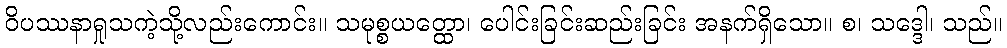
ဝိပဿနာရှုသကဲ့သို့လည်းကောင်း။ သမုစ္စယတ္ထော၊ ပေါင်းခြင်းဆည်းခြင်း အနက်ရှိသော။ စ၊ သဒ္ဒေါ၊ သည်။